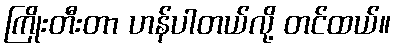
ကြိုးတီးတာ ဟန်ပါတယ်လို့ တင်ထယ်။